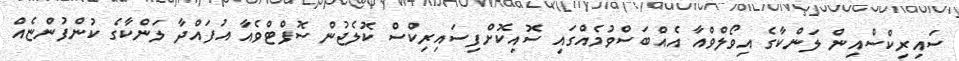
ސައިރިކްސްއިން ލަންކާގެ އިވޯލްވްއާ އެއްބަސްވުމެއްގައި ސޮއިކޮށްފިސައިރިކްސް ކޮލެޖުން ސޮފްޓްވެއާ އުފައްދާ ލަންކާގެ ކުންފުންޏެއް